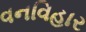
વનવિહાર